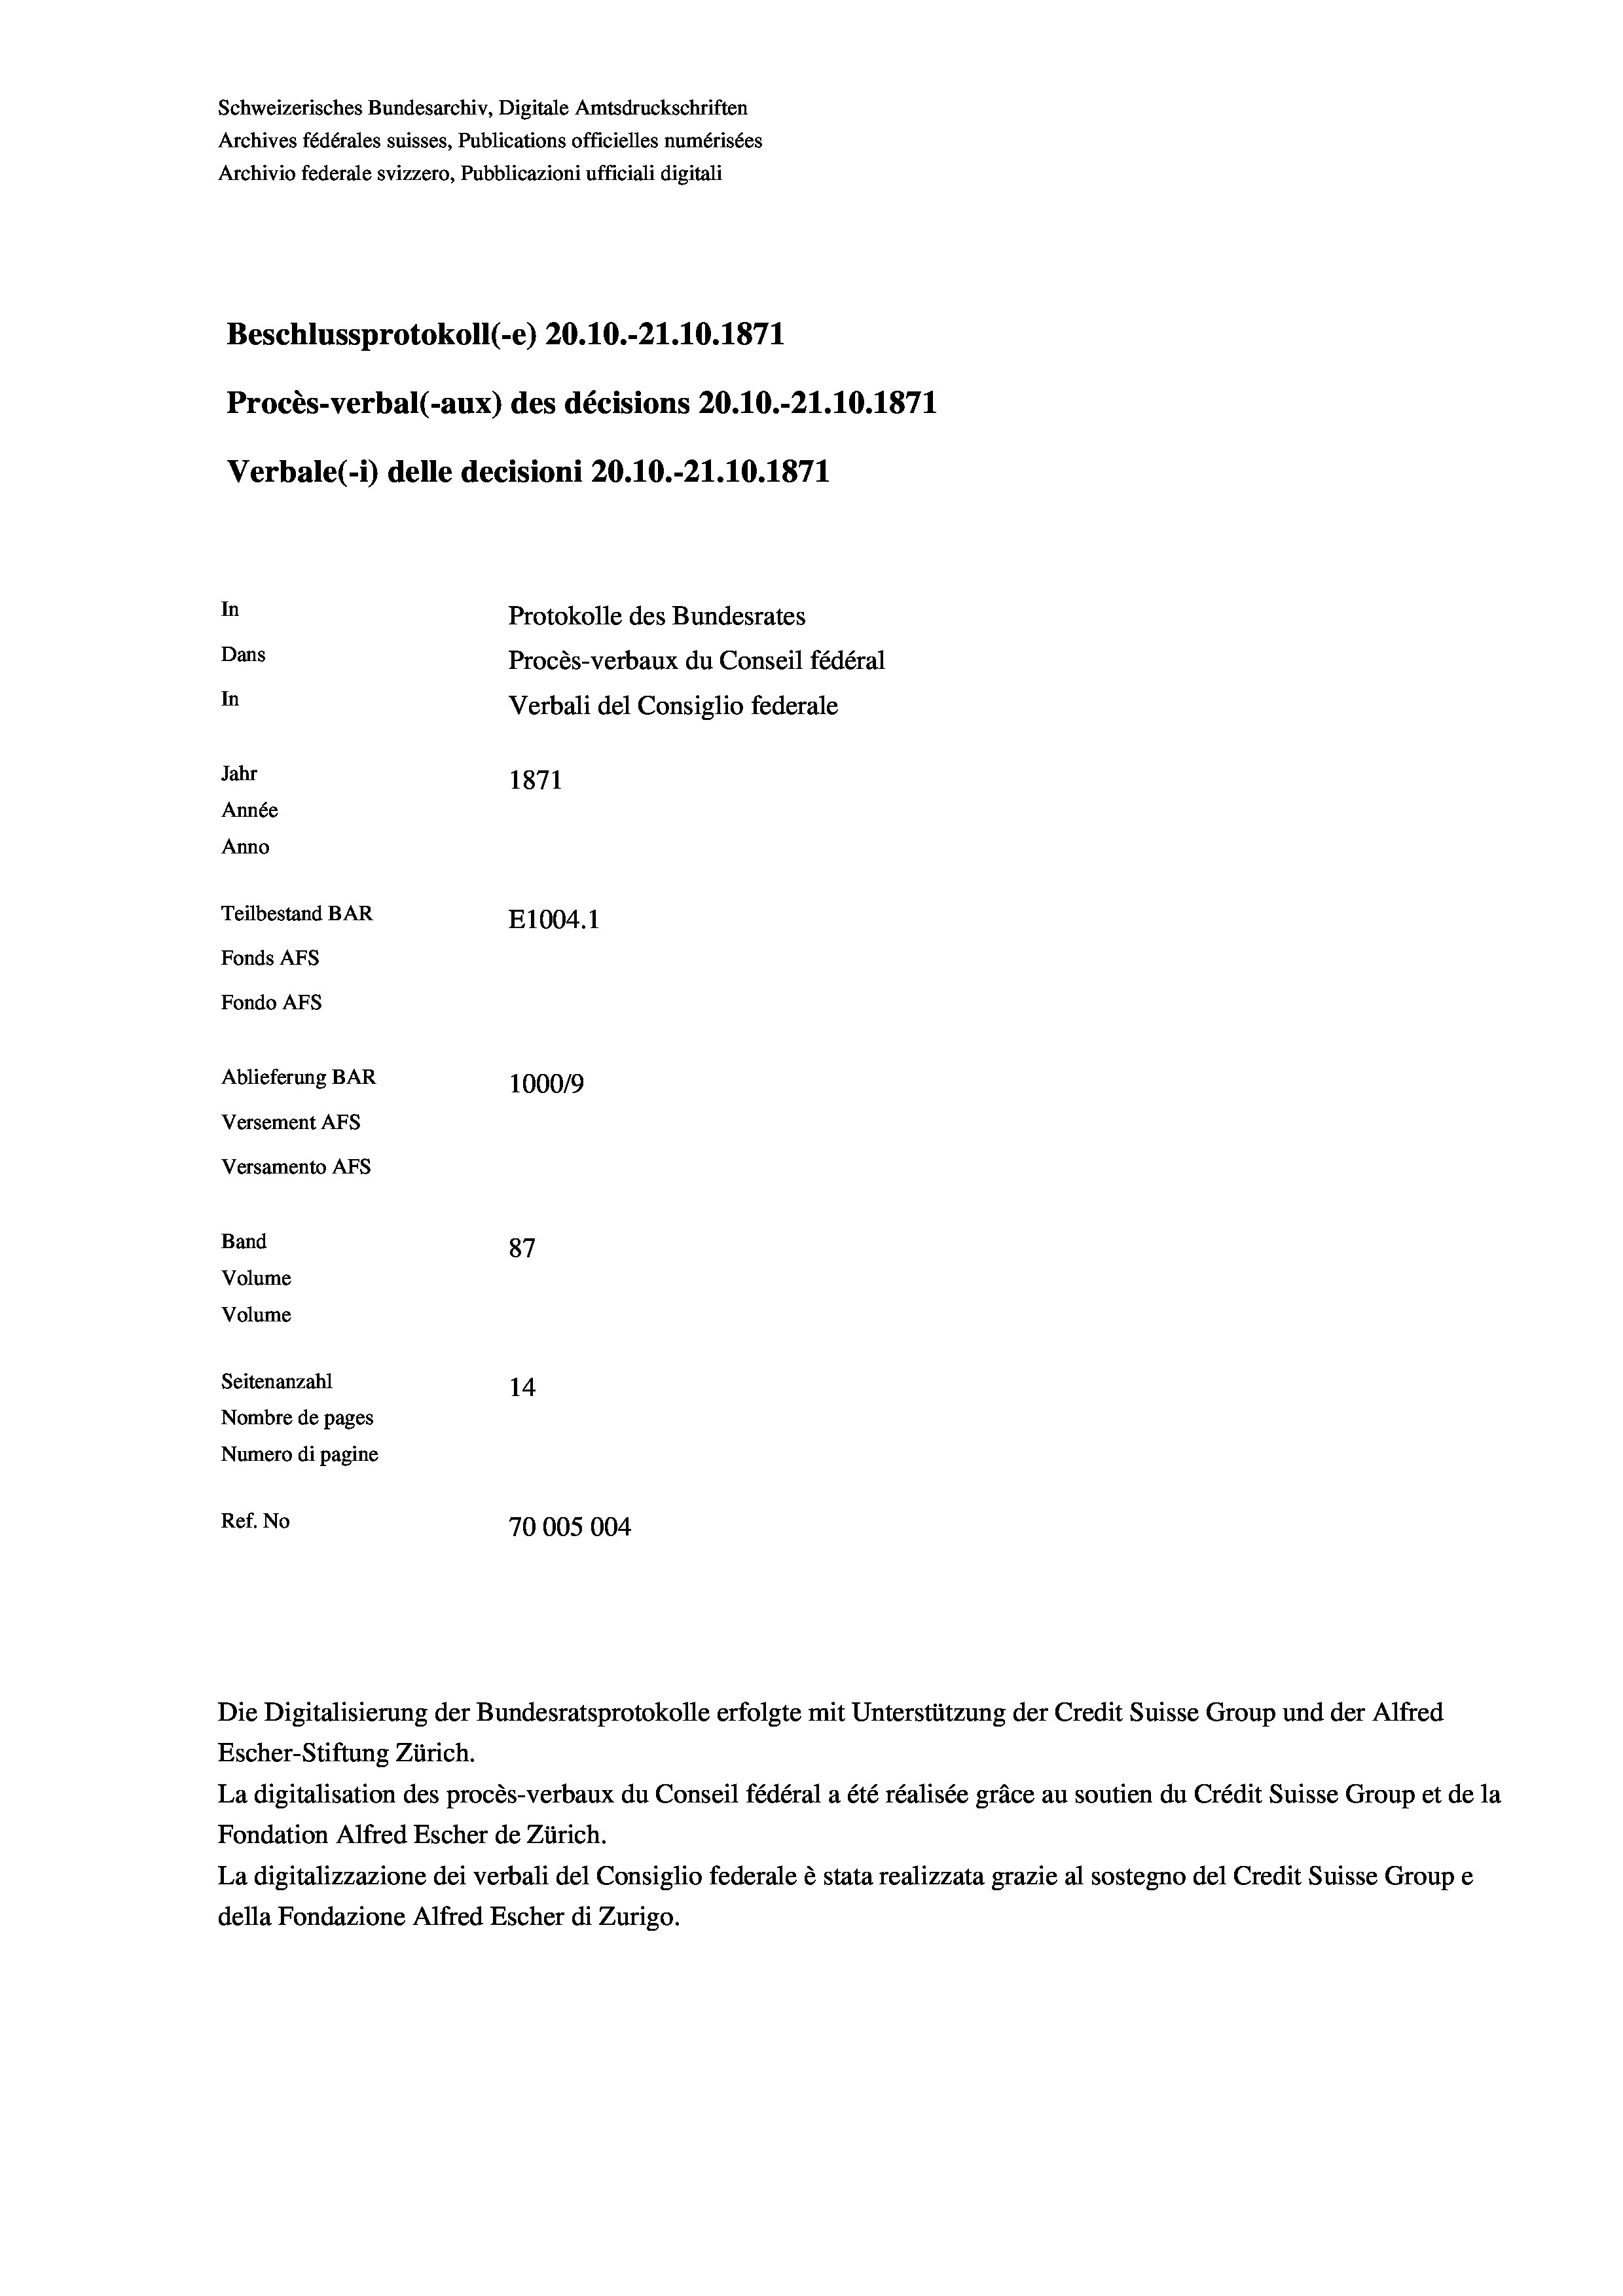
Schweizerisches Bundesarchiv, Digitale Amtsdruckschriften
Archives fédérales suisses, Publications officielles numérisées
Archivio federale svizzero, Pubblicazioni ufficiali digitali
Beschlussprotokoll (-e) 20.10.-21.10.1871
Procès-verbal (-aux) des décisions 20.10.-21.10.1871
Verbale (- 1) delle decisioni 20.10.-21.10.1871
In
Protokolle des Bundesrates
Dans
Procès-verbaux du Conseil fédéral
In
Verbali del Consiglio federale
Jahr
1871
Année
Anno
Teilbestand BAR
E1004.1
Fonds AFs
Fondo Afs
Ablieferung BAR
100019
Versement AFs
Versamento Afs
Band
87
Volume
Volume

Seitenanzahl
14
Nombre de pages
Numero di pagine
Ref. No
70005004

Die Digitalisierung der Bundesratsprotokolle erfolgte mit Unterstützung der Credit Suisse Group und der Alfred
Escher-Stiftung Zürich.
La digitalisation des procès-verbaux du Conseil fédéral a été réalisée gräce au soutien du Crédit Suisse Group et de la
Fondation Alfred Escher de Zürich.
La digitalizzazione dei verbali del Consiglio federale è stata realizzata grazie al sostegno del Credit Suisse Groupe
della Fondazione Alfred Escher di Zurigo.